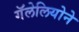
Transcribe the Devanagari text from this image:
गॅलेलियोने